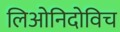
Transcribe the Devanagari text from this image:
लिओनिदोविच